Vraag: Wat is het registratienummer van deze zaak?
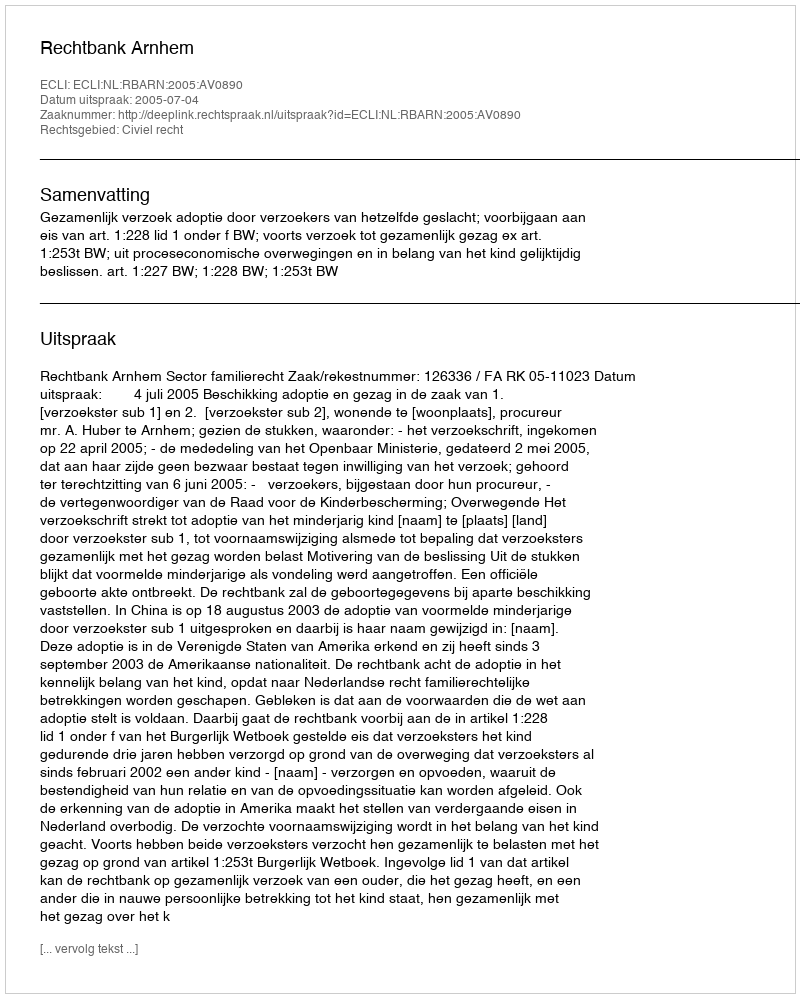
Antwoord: http://deeplink.rechtspraak.nl/uitspraak?id=ECLI:NL:RBARN:2005:AV0890